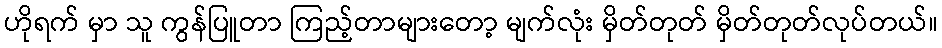
ဟိုရက် မှာ သူ ကွန်ပြူတာ ကြည့်တာများတော့ မျက်လုံး မှိတ်တုတ် မှိတ်တုတ်လုပ်တယ်။